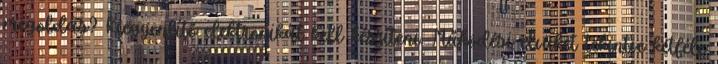
megoldás? Kiegyenlítő elektronikát kell készíteni. Működési elvüket tekintve kétféle